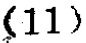
\((11)\)